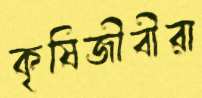
কৃষিজীবীরা